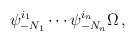
\begin{align*}\psi_{-N_1}^{i_1} \cdots \psi_{-N_n}^{i_n} \Omega\,,\end{align*}